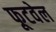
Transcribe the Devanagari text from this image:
फूटवेल